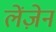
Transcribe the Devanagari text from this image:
लेंज़ेन